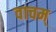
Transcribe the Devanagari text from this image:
वाचम्